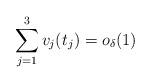
LaTeX: \begin{align*} \sum_{j=1}^3 v_j(t_j)=o_\delta(1)\end{align*}